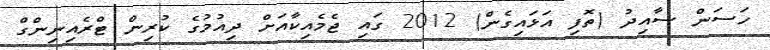
ހަސަން ސާއިދު (ތޮފި އަޅައިގެން) 2012 ގައި ޖެމެއިކާއަށް ދިއުމުގެ ކުރިން ޓްރެއިނިންގް